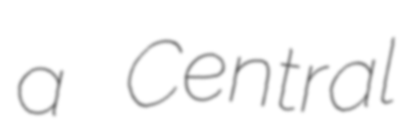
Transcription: a Central